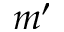
m ^ { \prime }